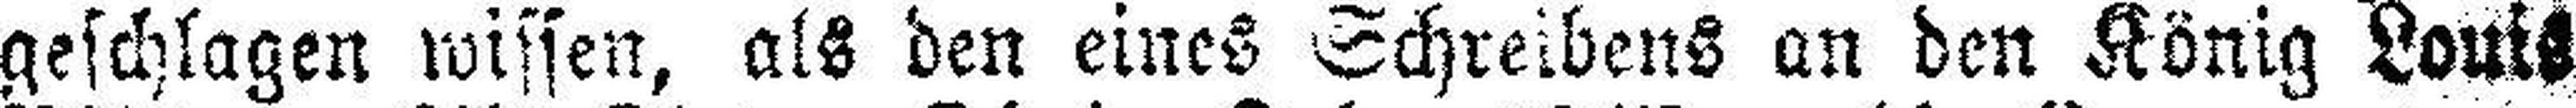
geschlagen wissen, als den eines Schreibens an den König Louis